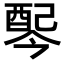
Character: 𫑸